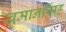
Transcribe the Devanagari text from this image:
खुमानसिंह